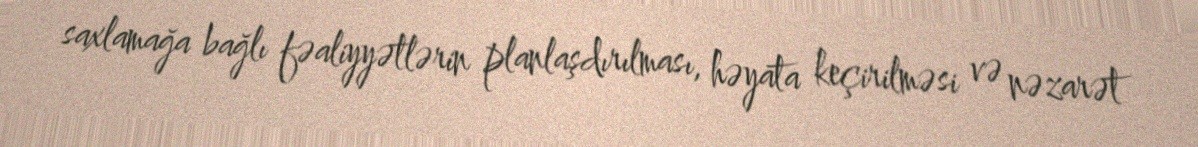
saxlamağa bağlı fəaliyyətlərin planlaşdırılması, həyata keçirilməsi və nəzarət